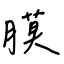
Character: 膜